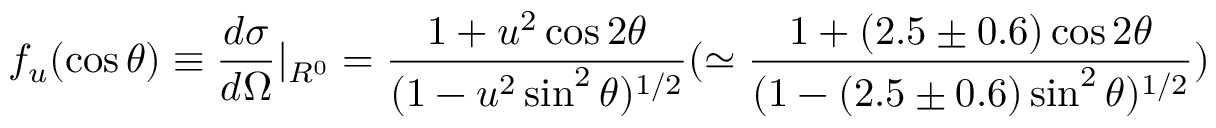
f _ { u } ( \cos \theta ) \equiv \frac { d \sigma } { d \Omega } | _ { R ^ { 0 } } = \frac { 1 + u ^ { 2 } \cos 2 \theta } { ( 1 - u ^ { 2 } \sin ^ { 2 } \theta ) ^ { 1 / 2 } } ( \simeq \frac { 1 + ( 2 . 5 \pm 0 . 6 ) \cos 2 \theta } { ( 1 - ( 2 . 5 \pm 0 . 6 ) \sin ^ { 2 } \theta ) ^ { 1 / 2 } } )